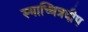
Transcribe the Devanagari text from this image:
स्याच्चित्रदीप